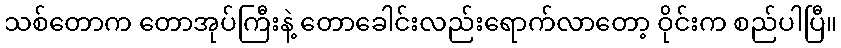
သစ်တောက တောအုပ်ကြီးနဲ့ တောခေါင်းလည်းရောက်လာတော့ ဝိုင်းက စည်ပါပြီ။